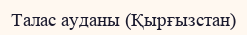
Талас ауданы (Қырғызстан)